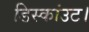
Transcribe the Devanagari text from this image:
डिस्कांउट।